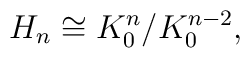
H_n \cong K^n_0/K^{n-2}_0,